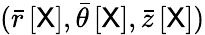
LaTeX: (\bar{r}\left[\sf X\right],\bar{\theta}\left[\sf X\right],\bar{z}\left[\sf X\right])